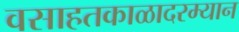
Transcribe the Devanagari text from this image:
वसाहतकाळादरम्यान